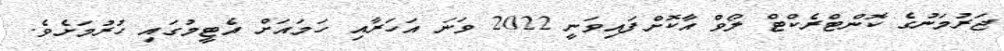
ޖަރުމަނުގެ ކޮންޓްރެކްޓް ލޯވް އާކޮށްފައިވަނީ 2022 ވަނަ އަހަރާއި ހަމައަށް އެޓީމުގައި ހުރުމަށެވެ.